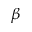
\beta